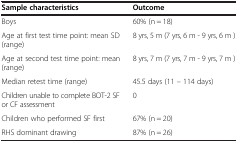
| Sample characteristics | Outcome |
 | --- | --- |
 | Boys | 60% (n = 18) |
 | Age at first test time point: mean SD (range) | 8 yrs, 5 m (7 yrs, 6 m - 9 yrs, 6 m ) |
 | Age at second test time point: mean (range) | 8 yrs, 7 m (7 yrs, 7 m - 9 yrs, 7 m ) |
 | Median retest time (range) | 45.5 days (11 – 114 days) |
 | Children unable to complete BOT-2 SF or CF assessment | 0 |
 | Children who performed SF first | 67% (n = 20) |
 | RHS dominant drawing | 87% (n = 26) |